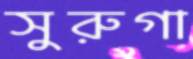
সুরুগা